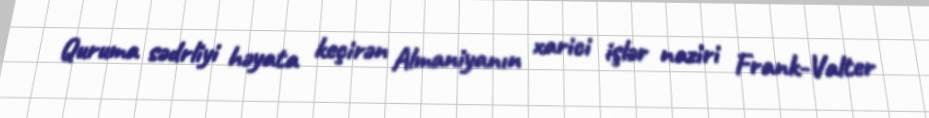
Quruma sədrliyi həyata keçirən Almaniyanın xarici işlər naziri Frank-Valter